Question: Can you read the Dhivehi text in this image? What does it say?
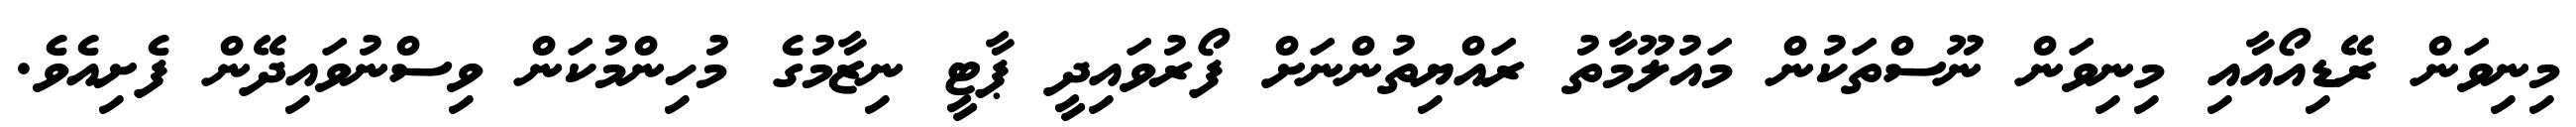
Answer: މިނިވަން ރޭޑިއޯއާއި މިނިވަން ނޫސްތަކުން މައުލޫމާތު ރައްޔިތުންނަށް ފޯރުވައިދީ ޕާޓީ ނިޒާމުގެ މުހިންމުކަން ވިސްނުވައިދޭން ފެށިއެވެ.